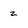
Character: z